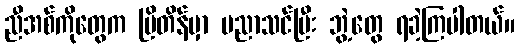
ညီအစ်ကိုတွေက ဗြိတိန်မှာ ပညာသင်ပြီး ဘွဲ့တွေ ရခဲ့ကြပါတယ်။